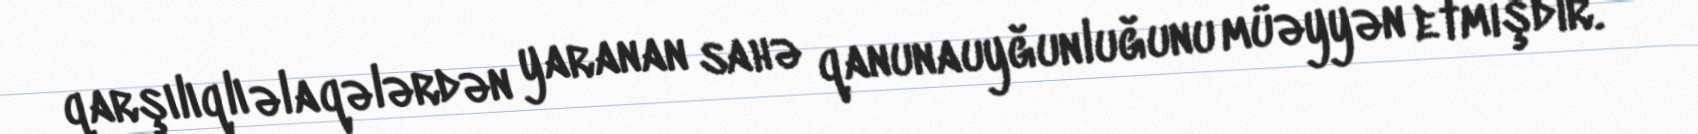
qarşılıqlı əlaqələrdən yaranan sahə qanunauyğunluğunu müəyyən etmişdir.